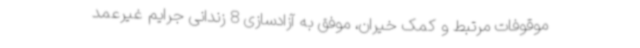
موقوفات مرتبط و کمک خیران، موفق به آزادسازی 8 زندانی جرایم غیرعمد